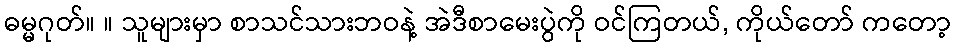
ဓမ္မဂုတ်။ ။ သူများမှာ စာသင်သားဘဝနဲ့ အဲဒီစာမေးပွဲကို ဝင်ကြတယ်, ကိုယ်တော် ကတော့